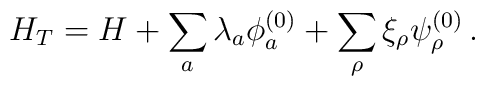
H_T = H + \sum_a \lambda_a \phi^{(0)}_a+  \sum_\rho \xi_\rho \psi^{(0)}_\rho \,.